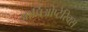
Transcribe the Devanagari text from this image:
आर्चिओप्टेरिक्स